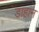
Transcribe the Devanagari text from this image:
डाहान